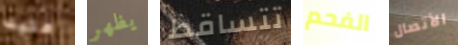
عليك يظهر تتساقط الفحم الأتصال